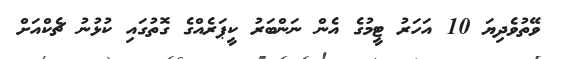
ވޭތުވެދިޔަ 10 އަހަރު ޓީމުގެ އެން ނަންބަރު ކީޕަރެއްގެ ގޮތުގައި ކުޅުނު ޗެކްއަށް